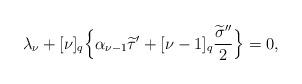
LaTeX: \begin{align*}\lambda_{\nu}+[\nu]_q\Big\{\alpha_{\nu-1}\widetilde{\tau}'+[\nu-1]_q\frac{\widetilde{\sigma}''}{2}\Big\}=0,\end{align*}